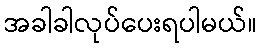
အခါခါလုပ်ပေးရပါမယ်။